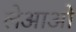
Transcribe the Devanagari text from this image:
लेआओ